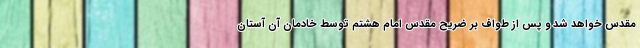
مقدس خواهد شد و پس از طواف بر ضریح مقدس امام هشتم توسط خادمان آن آستان